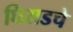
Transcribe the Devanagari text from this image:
घिसडचे